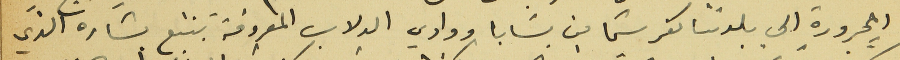
المجرورة الى بلدتنا كفرشيما من بسَابا ووادي الدلاب المعروفة بنبع بشاره الذي